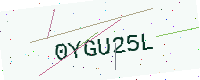
Text: 0YGU25L